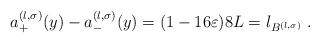
LaTeX: \begin{align*} a^{(l, \sigma)}_+(y) - a^{(l, \sigma)}_-(y) = (1 - 16 \varepsilon) 8L = l_{B^{(l, \sigma)} } \; . \end{align*}